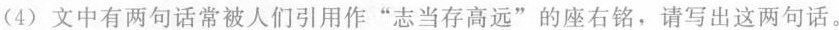
(4)文中有两句话常被人们引用作”志当存高远”的座右铭，请写出这两句话。